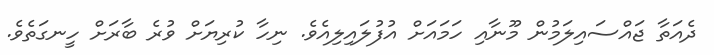
ދެއަތާ ޖައްސައިލަމުން މޫނާއި ހަމައަށް އުފުލައިލިއެވެ. ނިހާ ކުރިޔަށް ވުރެ ބާރަށް ހީނގަތެވެ.